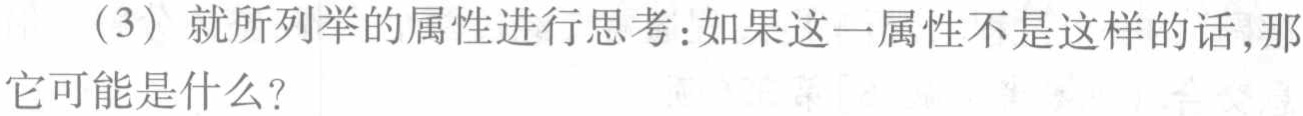
（3）就所列举的属性进行思考：如果这一属性不是这样的话，那它可能是什么？